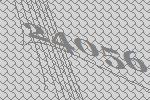
24056